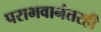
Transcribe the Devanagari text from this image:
पराभवानंतरही